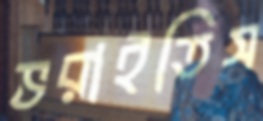
ভরাইতিস